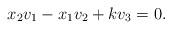
LaTeX: \begin{align*}x_2v_1-x_1v_2+kv_3=0.\end{align*}